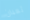
ثعبان